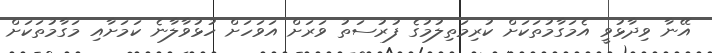
އޭނާ ވިދާޅުވީ އެމަގާމުތަކަށް ކުރިމަތިލުމުގެ ފުރުސަތު ވަރަށް އަވަހަށް ހުޅުވާލާނެ ކަމަށާއި މަގާމުތަކަށް